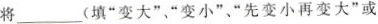
将___(填“变大”、“变小”、“先变小再变大”或